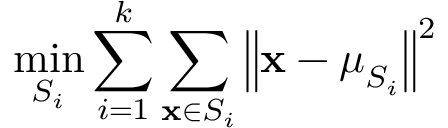
\underset { S _ { i } } { \operatorname* { m i n } } \sum _ { i = 1 } ^ { k } \sum _ { \mathbf { x } \in S _ { i } } \left\| \mathbf { x } - \boldsymbol { \mu } _ { S _ { i } } \right\| ^ { 2 }